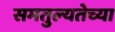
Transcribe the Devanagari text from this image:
समतुल्यतेच्या